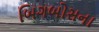
બિગબોસના